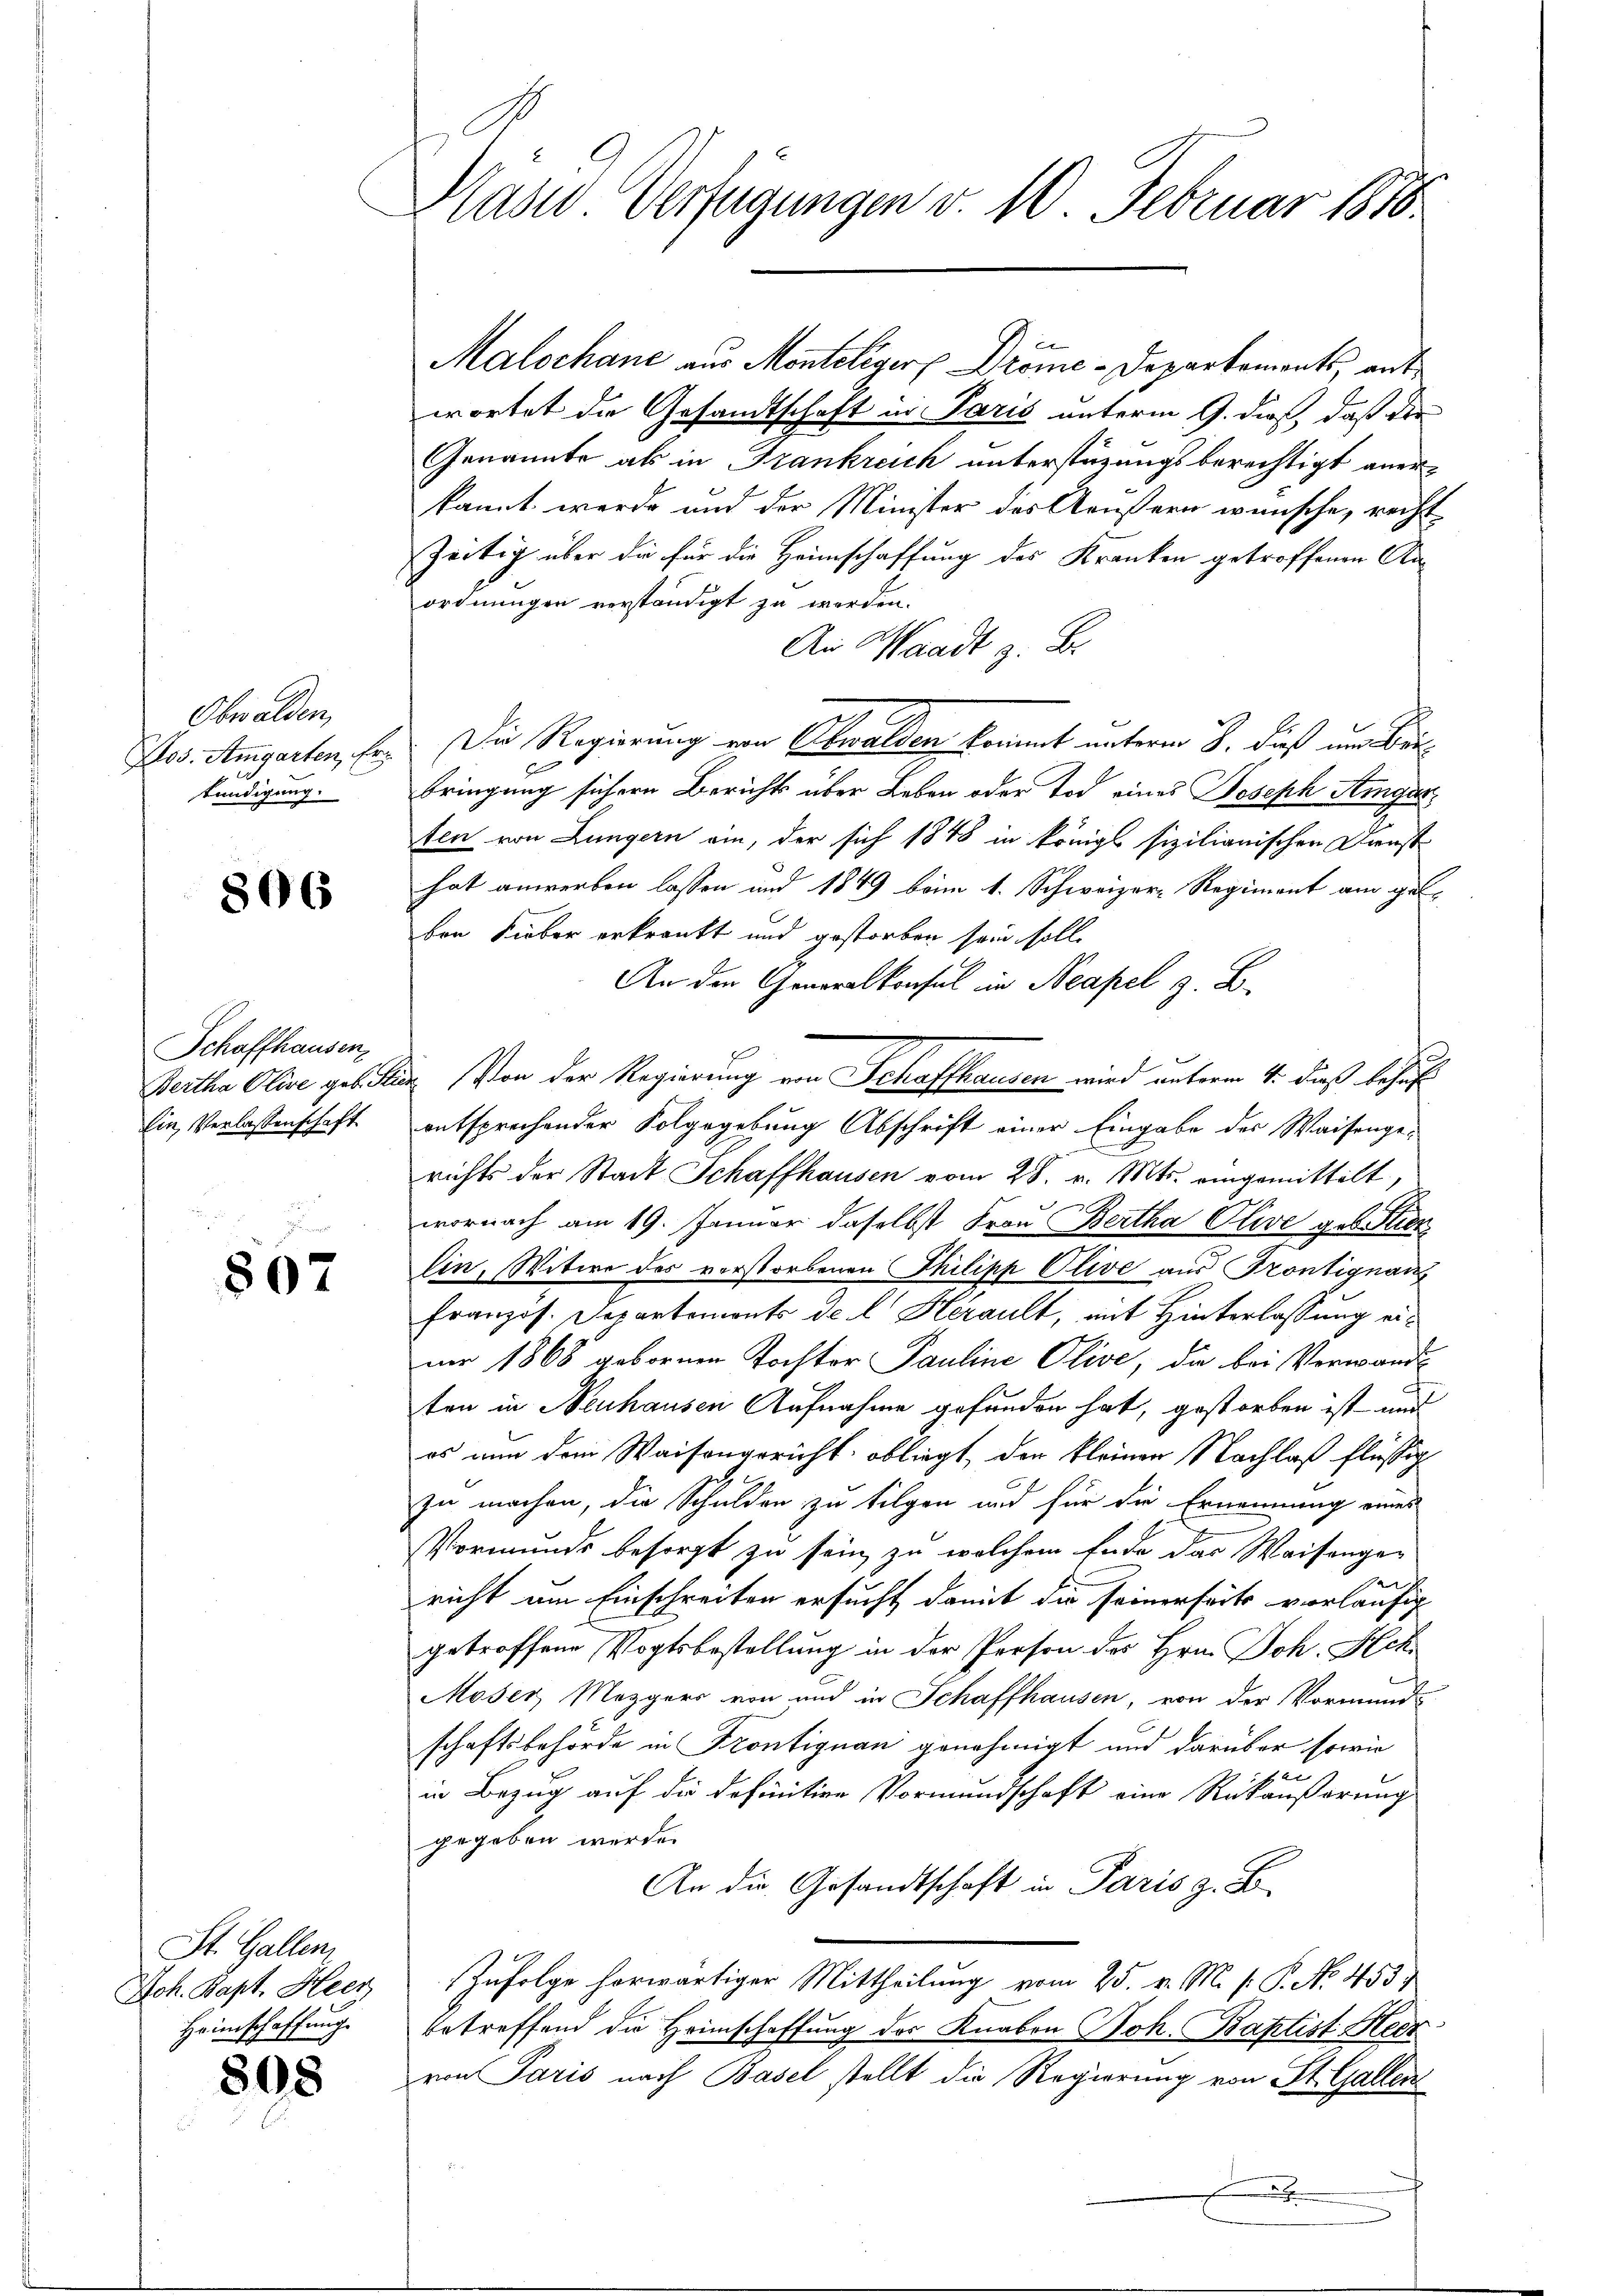
Obwalden,
Llos. Amgarten, Erkündigung.

806

Schaffhausen,
Ein Verlassenschaft

807

St. Gallen,
Joh. Bapt. Heer
Heimschaffung

808

Käsid Verfügungen v. 10. Februar 1810.

wortet die Gesandtschaft in Paris unterm 9. dieß, daß die
Genannte als in Frankreich unterstüzungsberechtigt anerkannt werde und der Minister des Aeußern wünsche, recht
zeitig über die für die Heimschaffung des Kranken getroffenen Anordnungen verständigt zu werden.
An Waadt z. B.
Die Regierung von Obwalden, kommt unterm 8. dieß um Bei¬
u
bringung sichern Berichts über Leben oder Tod eines Joseph Amgarten von Lungern ein, der sich 1848 in königl. sizilianischen Diensthat anwerben lassen und 1849 beim 4. Schweizer-Regiment am gelben Lieber erkrankt und gestorben sein solle
An der Generalkonsul in Neapel z. B.
Bertha Olive geb. St. Von der Regierung von Schaffhausen wird unterm 4. dieß behuf
entsprechender Folgegebung Abschrift einer Eingabe des Waisengerichts der Stadt Schaffhausen vom 28. v. Mts. eingemittelt,
wornach am 19. Januar daselbst Frau Bertha Olive geboten
lin, Witwe des verstorbenen Philipp Olive aus Frontignau
französ. Separtemonts de l. Herault, mit Hinterlassung eini 1868 gebornen Tochter Pauline Olive, die bei Verwandt
ten in Neuhausen Aufnahme gefunden hat, gestorben ist und
es nun dem Waisengericht obliegt, den kleinen Nachlaß flüssig
zu machen, die Schulden zu tilgen und für die Ernennung eines
Vormunds besorgt zu sein, zu welchem Ende das Waisenge-
richt um Einschreiten ersucht damit die seinerseits vorläufig
getroffene Vogtsbestellung in der Person des Hrn. Joh. Hch
Moser, Mezgers von und in Schaffhausen, von der Vormund-
schaftsbehörde in Frontiguan genehmigt und darüber sowie
2
in Bezug auf die definitive Vormundschaft eine Rükäußerung
gegeben werde.
An die Gesandtschaft in Paris z. B.
Zufolge horwärtiger Mittheilung vom 25. v. M. P. P. No. 453.
betreffend die Heimschaffung der Knabon Joh. Baptist Heer
von Paris nach Basel stellt die Regierung von St. Gallen
.

Malochane aus Monteliger Dröme-Departements, auf